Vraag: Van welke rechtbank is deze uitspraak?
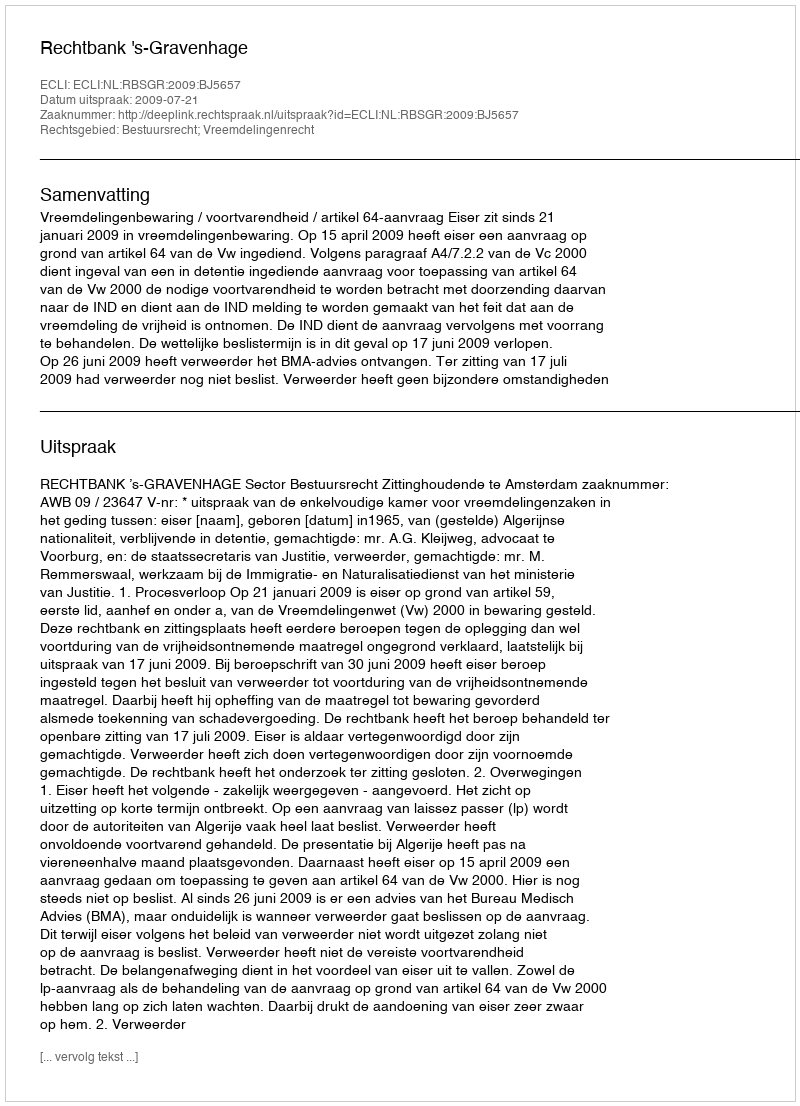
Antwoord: Rechtbank 's-Gravenhage